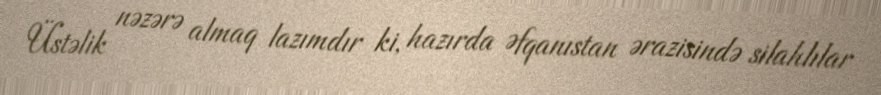
Üstəlik nəzərə almaq lazımdır ki, hazırda Əfqanıstan ərazisində silahlılar